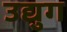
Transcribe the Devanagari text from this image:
उद्युग